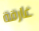
غارقة